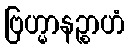
ဗြဟ္မာနဉ္စာဟံ